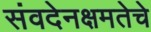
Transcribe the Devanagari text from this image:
संवदेनक्षमतेचे